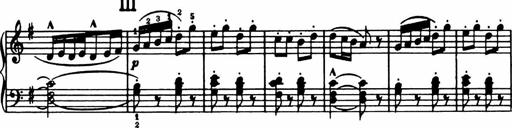
Title: Analytical Sonatinas
Composer: Frank Lynes